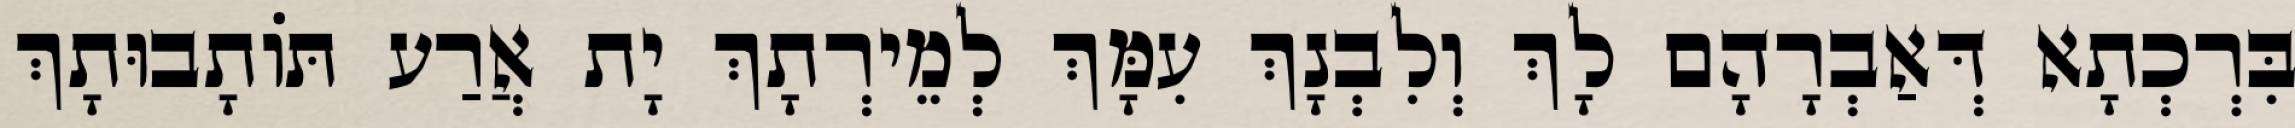
בִּרְכְתָא דְּאַבְרָהָם לָךְ וְלִבְנָךְ עִמָּךְ לְמֵירְתָךְ יָת אֲרַע תּוֹתָבוּתָךְ